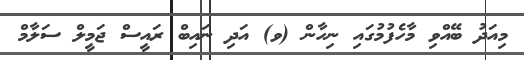
މިއަދު ބޭއްވި މާހެފުމުގައި ނިހާން (ވ) އަދި ނައިބް ރައީސް ޖަމީލް ސަލާމް